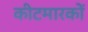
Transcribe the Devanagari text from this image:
कीटमारकों